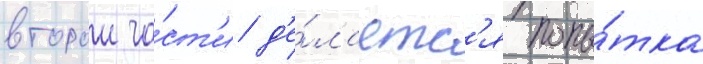
второи ча́ст'и д'е́лаетс'я попы́тка